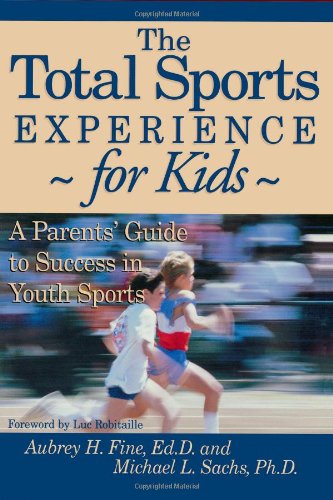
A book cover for The Total Sports Experience-for Kids: A Parent's Guide for Success in Youth Sports; Aubrey H. Fine; Sports & Outdoors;